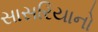
સાસરિયાનો